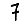
Digit: 7